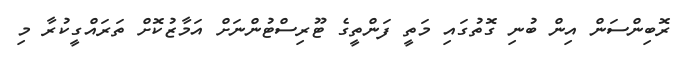
ރޮބިންސަން އިން ބުނި ގޮތުގައި މަތީ ފަންތީގެ ޓޫރިސްޓުންނަށް އަމާޒުކޮށް ތަރައްގީކުރާ މި